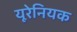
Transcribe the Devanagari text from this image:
यूरेनियक